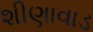
શીણાવાડ